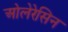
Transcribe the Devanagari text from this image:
ओलेरेसिन